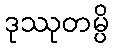
ဒုဿုတမ္ပိ